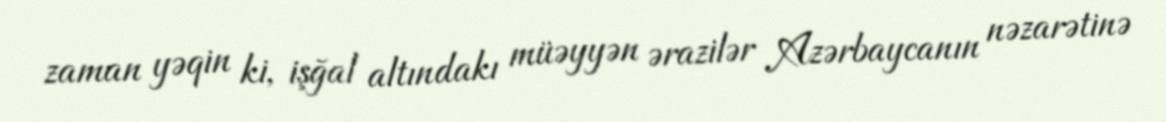
zaman yəqin ki, işğal altındakı müəyyən ərazilər Azərbaycanın nəzarətinə